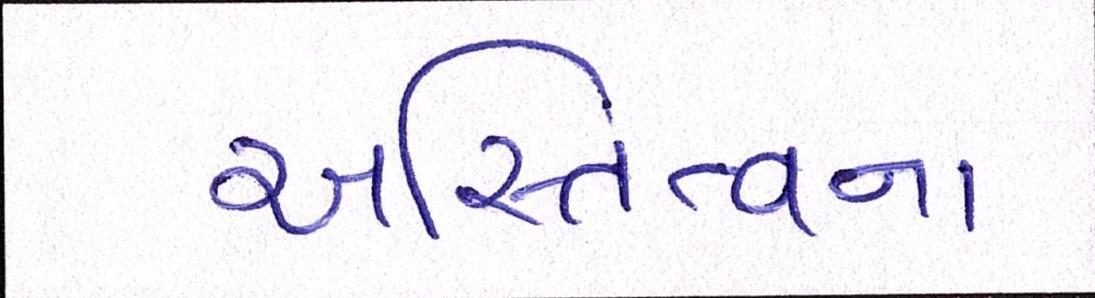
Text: અસ્તિત્વના